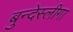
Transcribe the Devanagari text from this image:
बुन्देस्लीगा